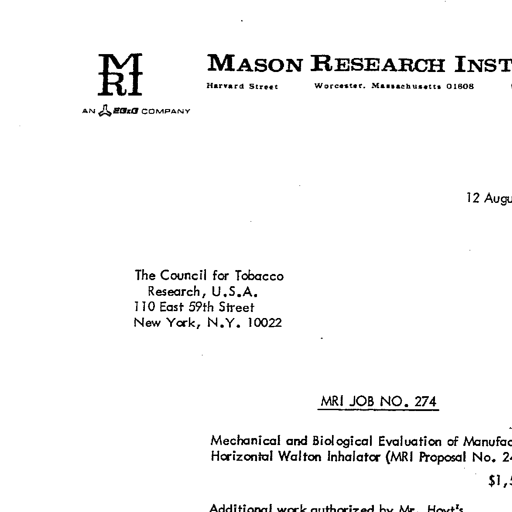
MRI
AN EG&G COMPANY
MASON RESEARCH INST
Harvard Street
Worcester, Massachusetts 01608
12 Augu
The Council for Tobacco
Research, U.S.A.
110 East 59th Street
New York, N.Y. 10022
MRI JOB NO. 274
Mechanical and Biological Evaluation of Manufac
Horizontal Walton Inhalator (MRI Proposal No. 2
$1,
Additional work authorized by Mr. Hoyt's